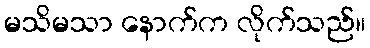
မသိမသာ နောက်က လိုက်သည်။